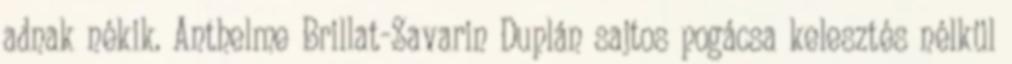
adnak nékik. Anthelme Brillat-Savarin Duplán sajtos pogácsa kelesztés nélkül